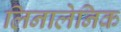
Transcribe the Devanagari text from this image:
लिनालेनिक